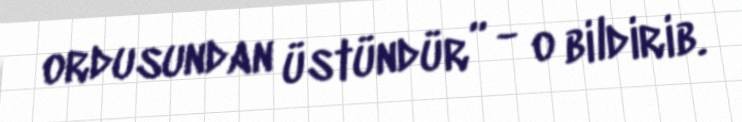
ordusundan üstündür” - o bildirib.